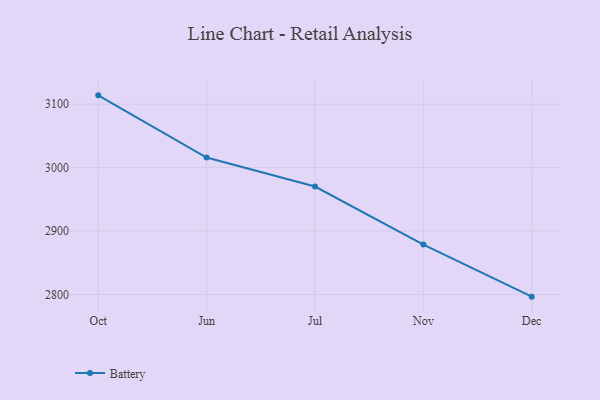
{"axis": {"x": "Month", "y": "Inventory Turnover"}, "legend": ["Battery"], "data": [{"x": "Oct", "y": 3113.9, "type": "Battery"}, {"x": "Jun", "y": 3015.9, "type": "Battery"}, {"x": "Jul", "y": 2970.2, "type": "Battery"}, {"x": "Nov", "y": 2878.7, "type": "Battery"}, {"x": "Dec", "y": 2796.7, "type": "Battery"}]}